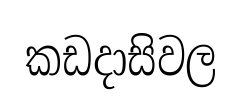
කඩදාසිවල